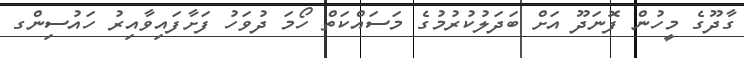
ގާދޫގެ މީހުން ފޮނަދޫ އަށް ބަދަލުކުރުމުގެ މަސައްކަތް ހޯމަ ދުވަހު ފަށާފައިވާއިރު ހައުސިންގ